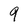
Character: 9